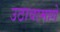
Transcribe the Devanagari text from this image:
उठावामागे